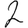
Digit: 2